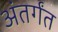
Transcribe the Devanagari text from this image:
अंतर्गंत